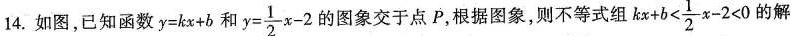
14. 如图，已知函数$$y=kx+b$$和 $$y= \frac{1}{2}x-2$$的图象交于点P，根据图象，则不等式组$$kx+b< \frac{1}{2}x-2<0$$的解